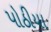
પોઠીયા